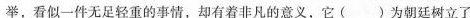
举，看似一件无足轻重的事情，却有着非凡的意义，它()为朝廷树立了